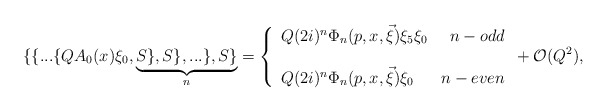
\begin{align*}\{\{...\{QA_{0}(x)\xi _{0},\underbrace{S\},S\},...\},S\}}_{n}=\left\{\begin{array}{lr}Q(2i)^{n}\Phi _{n}(p,x,\vec{\xi})\xi _{5}\xi _{0} & n-odd \\& \\Q(2i)^{n}\Phi _{n}(p,x,\vec{\xi})\xi _{0} & n-even\end{array}\right. +{\cal O}(Q^{2}), \end{align*}